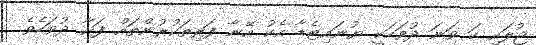
ޖުލައި ހަ ވަނަ ދުވަހަކީ ޔުނައިޓެޑާ އެކު އޭނާ ފަރިތަކުރުންތައް ފަށާ ދުވަހެވެ.